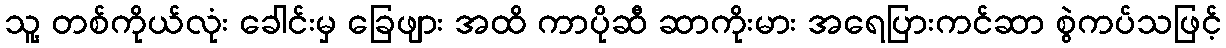
သူ့ တစ်ကိုယ်လုံး ခေါင်းမှ ခြေဖျား အထိ ကာပိုဆီ ဆာကိုးမား အရေပြားကင်ဆာ စွဲကပ်သဖြင့်